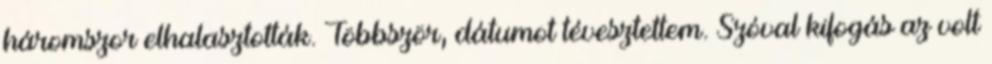
háromszor elhalasztották. Többször, dátumot tévesztettem. Szóval kifogás az volt